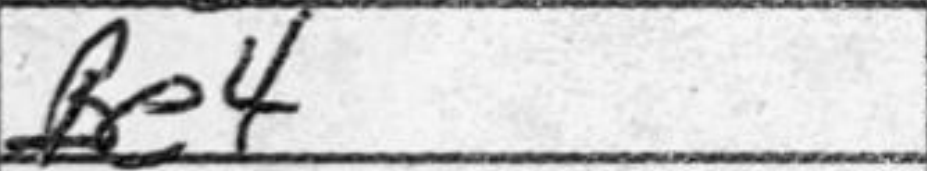
Transcription: Be4